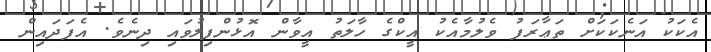
އެކަކު އަނެކަކަށް ތަޢާރަފު ވެލުމާއެކު އީކްގެ ހާލަތު އީވާން އޮޅުންފިލުވައި ދިނެވެ. އެފަދައިން